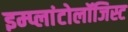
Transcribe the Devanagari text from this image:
इम्प्लांटोलॉजिस्ट